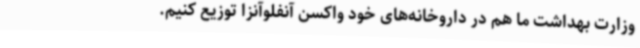
وزارت بهداشت ما هم در داروخانه‌های خود واکسن آنفلوآنزا توزیع کنیم.